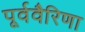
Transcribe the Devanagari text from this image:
पूर्ववैरिणा